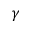
\boldsymbol { \gamma }